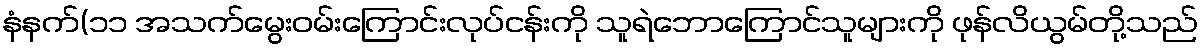
နံနက်(၁၁ အသက်မွေးဝမ်းကြောင်းလုပ်ငန်းကို သူရဲဘောကြောင်သူများကို ဖုန်လိယွမ်တို့သည်